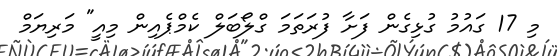
މި 17 ގައުމު ގުޅިގެން ފަށާ ފުރަތަމަ ގްލޯބަލް ކެމްޕެއިން މިއީ" މަރިޔަމް